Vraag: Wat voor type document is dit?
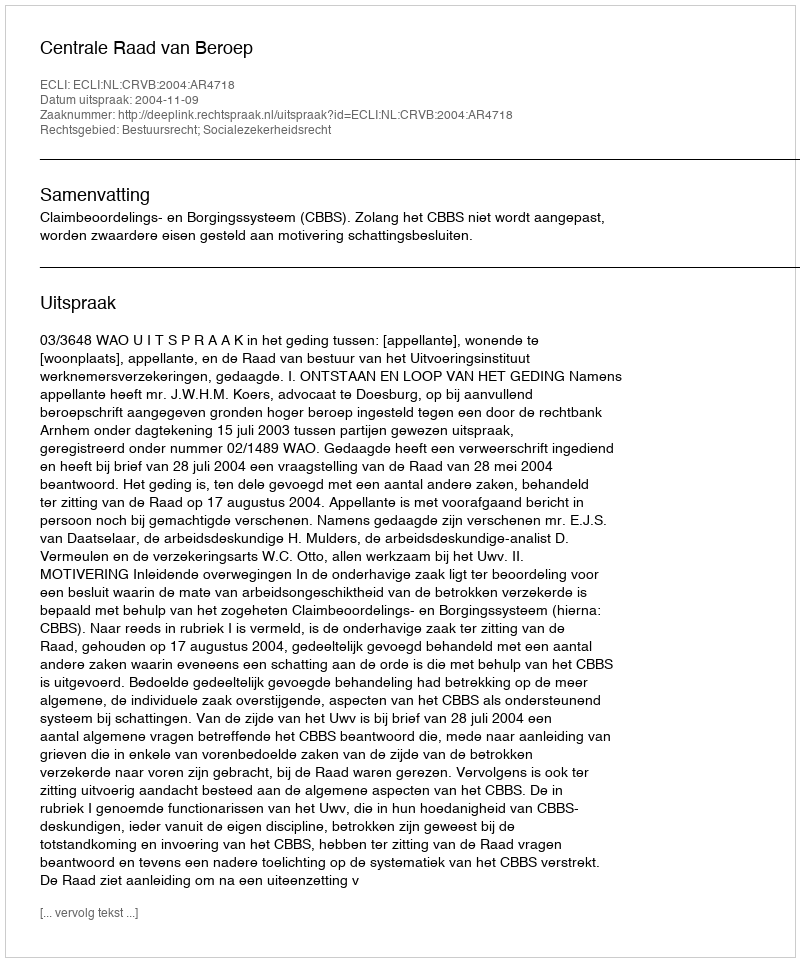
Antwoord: Uitspraak